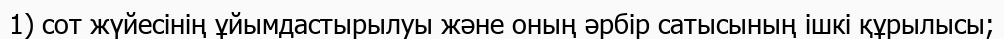
1) сот жүйесінің ұйымдастырылуы және оның әрбір сатысының ішкі құрылысы;